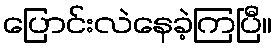
ပြောင်းလဲနေခဲ့ကြပြီ။